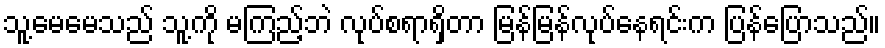
သူ့မေမေသည် သူ့ကို မကြည့်ဘဲ လုပ်စရာရှိတာ မြန်မြန်လုပ်နေရင်းက ပြန်ပြောသည်။